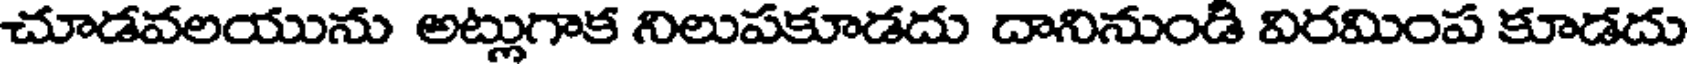
చూడవలయును అట్లుగాక నిలుపకూడదు దానినుండి విరమింప కూడదు